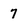
Character: 7